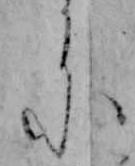
ニ